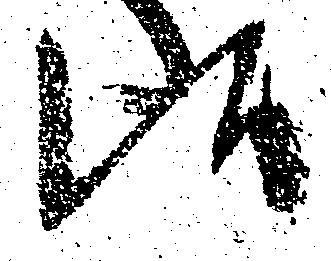
候